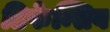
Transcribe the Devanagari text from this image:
डिफेन्सिव